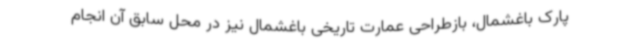
پارک باغشمال، بازطراحی عمارت تاریخی باغشمال نیز در محل سابق آن انجام